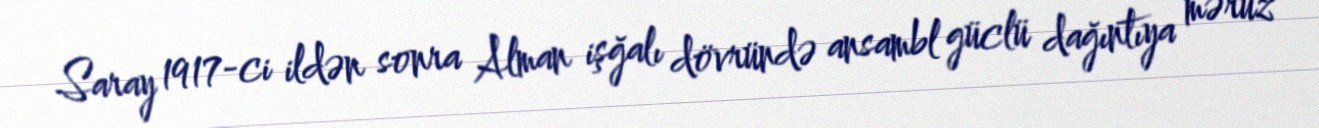
Saray 1917-ci ildən sonra Alman işğalı dövründə ansambl güclü dağıntıya məruz